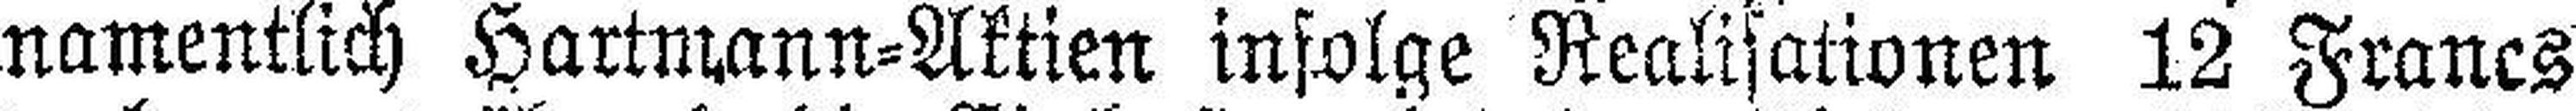
namentlich Hartmann=Aktien infolge Realisationen 12 Francs